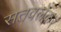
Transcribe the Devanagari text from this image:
सतवलेकर